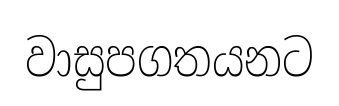
වාසුපගතයනට